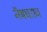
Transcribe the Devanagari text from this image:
नॅषधराज